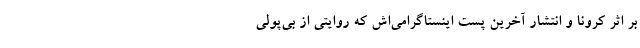
بر اثر کرونا و انتشار آخرین پست اینستاگرامی‌اش که روایتی از بی‌پولی